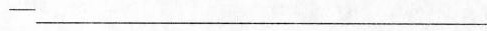
—___